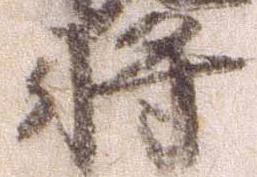
将